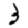
Digit: 3